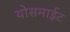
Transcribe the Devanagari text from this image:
योसमाईट